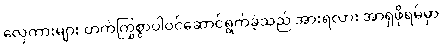
လှေကားများ တက်ကြွစွာပါဝင်ဆောင်ရွက်ခဲ့သည် အားရလား အာရှဖိုရမ်မှာ